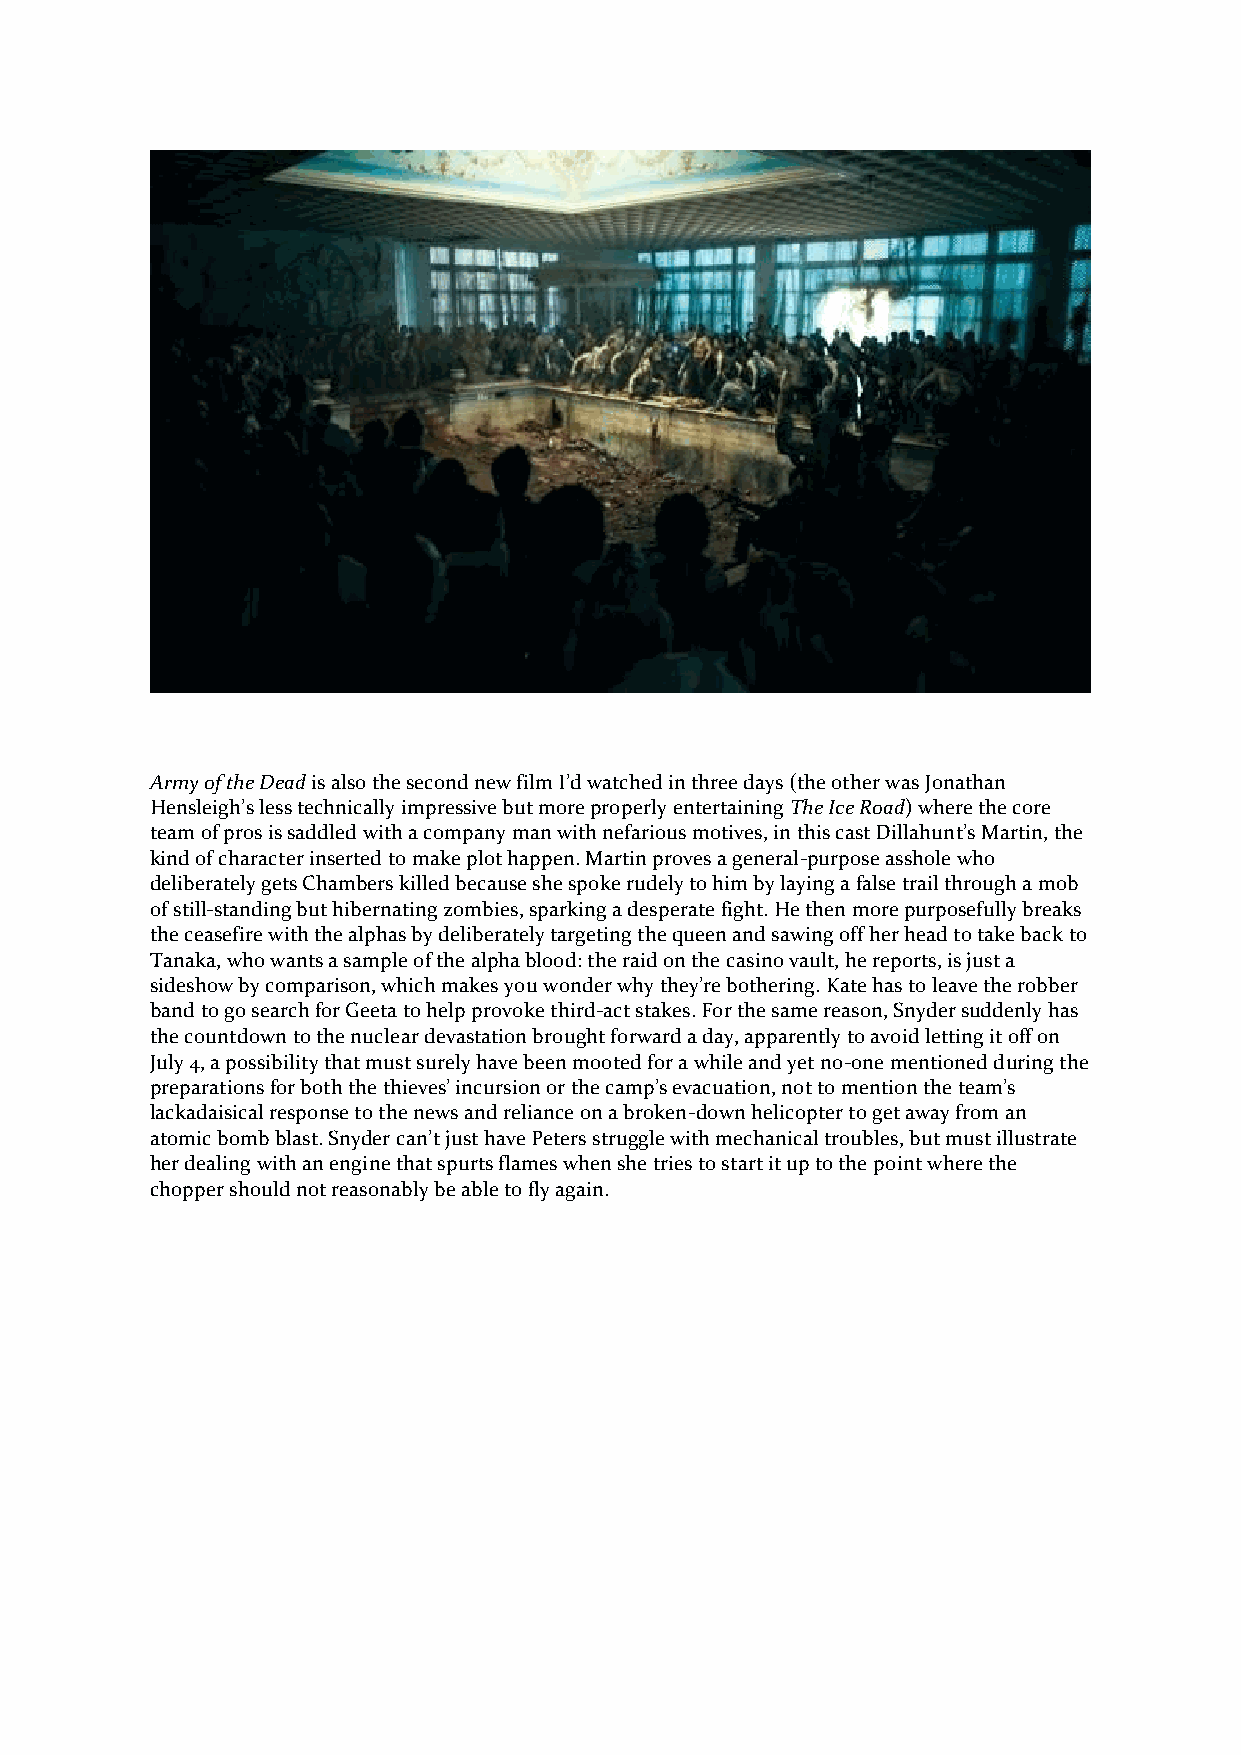
Army of the Dead is also the second new film I’d watched in three days (the other was Jonathan
 Hensleigh’s less technically impressive but more properly entertaining The Ice Road) where the core
 team of pros is saddled with a company man with nefarious motives, in this cast Dillahunt’s Martin, the
 kind of character inserted to make plot happen. Martin proves a general-purpose asshole who
 deliberately gets Chambers killed because she spoke rudely to him by laying a false trail through a mob
 of still-standing but hibernating zombies, sparking a desperate fight. He then more purposefully breaks
 the ceasefire with the alphas by deliberately targeting the queen and sawing off her head to take back to
 Tanaka, who wants a sample of the alpha blood: the raid on the casino vault, he reports, is just a
 sideshow by comparison, which makes you wonder why they’re bothering. Kate has to leave the robber
 band to go search for Geeta to help provoke third-act stakes. For the same reason, Snyder suddenly has
 the countdown to the nuclear devastation brought forward a day, apparently to avoid letting it off on
 July 4, a possibility that must surely have been mooted for a while and yet no-one mentioned during the
 preparations for both the thieves’ incursion or the camp’s evacuation, not to mention the team’s
 lackadaisical response to the news and reliance on a broken-down helicopter to get away from an
 atomic bomb blast. Snyder can’t just have Peters struggle with mechanical troubles, but must illustrate
 her dealing with an engine that spurts flames when she tries to start it up to the point where the
 chopper should not reasonably be able to fly again.